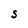
Character: S